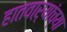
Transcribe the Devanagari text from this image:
हातवाऱ्यांच्या